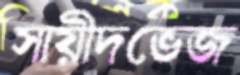
সায়ীদভেজ